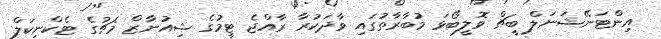
އިންޓަނޭޝަނަލް ބީޗް ވޮލީބޯޅަ މުބާރާތުގައި ވާދަކުރާ ރާއްޖެ ޓީމުގެ ޝިއުނާޒް މެޗުގެ ޓެކްނިކަލް